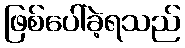
ဖြစ်ပေါ်ခဲ့ရသည်